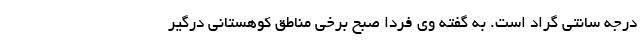
درجه سانتی گراد است. به گفته وی فردا صبح برخی مناطق کوهستانی درگیر